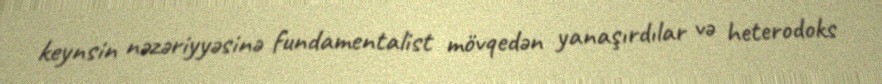
keynsin nəzəriyyəsinə fundamentalist mövqedən yanaşırdılar və heterodoks